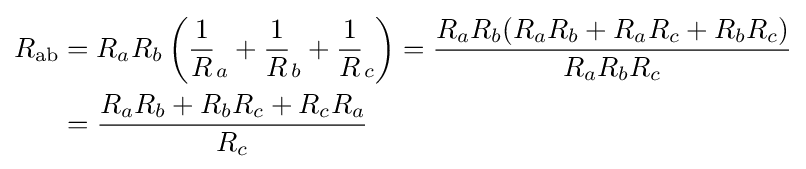
{\begin{aligned}R_{\mathrm {ab} }&=R_{a}R_{b}\left({\frac {1}{R}}_{a}+{\frac {1}{R}}_{b}+{\frac {1}{R}}_{c}\right)={\frac {R_{a}R_{b}(R_{a}R_{b}+R_{a}R_{c}+R_{b}R_{c})}{R_{a}R_{b}R_{c}}}\\&={\frac {R_{a}R_{b}+R_{b}R_{c}+R_{c}R_{a}}{R_{c}}}\end{aligned}}